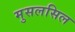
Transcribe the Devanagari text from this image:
मुसलसिल